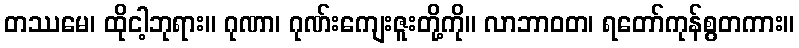
တဿမေ၊ ထိုငါ့ဘုရား။ ဂုဏာ၊ ဂုဏ်းကျေးဇူးတို့ကို။ လာဘာဝတ၊ ရတော်ကုန်စွတကား။